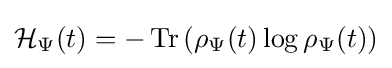
{\mathcal {H}}_{\Psi }(t)=-\operatorname {Tr} \left(\rho _{\Psi }(t)\log \rho _{\Psi }(t)\right)